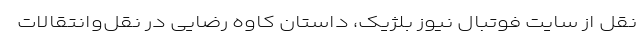
نقل از سایت فوتبال نیوز بلژیک، داستان کاوه رضایی در نقل‌وانتقالات